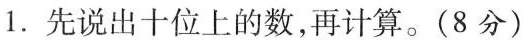
1.先说出十位上的数，再计算。(8分)